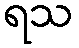
ရသ